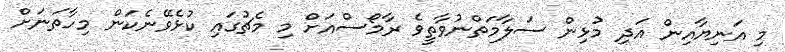
މި އަނިޔާއިން އަދި މުޅިން ސަލާމަތްނުވާތީވެ ރާމޯސްއަށް މި މެޗުގައި ކުޅެވޭނެކަން މިހާތަނަށް